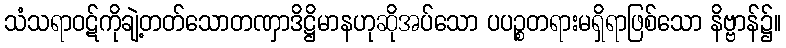
သံသရာဝဋ်ကိုချဲ့တတ်သောတဏှာဒိဋ္ဌိမာနဟုဆိုအပ်သော ပပဉ္စတရားမရှိရာဖြစ်သော နိဗ္ဗာန်၌။